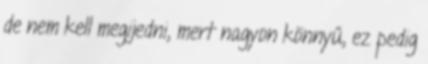
de nem kell megijedni, mert nagyon könnyű, ez pedig